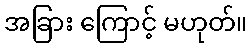
အခြား ကြောင့် မဟုတ်။